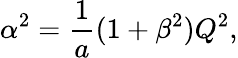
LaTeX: \alpha^{2}={\frac{1}{a}}(1+\beta^{2})Q^{2},